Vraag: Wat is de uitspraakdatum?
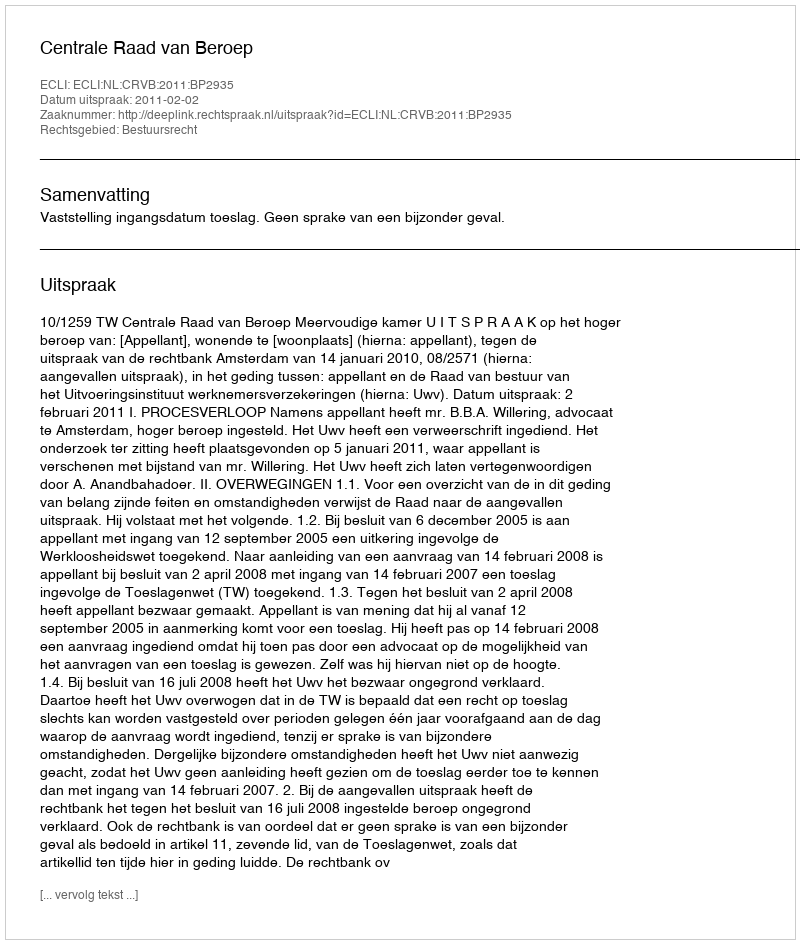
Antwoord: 2011-02-02